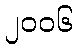
၂၀၀၆